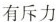
有斥力